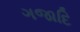
ગજાદિ